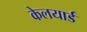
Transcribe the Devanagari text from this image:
केलयार्ड